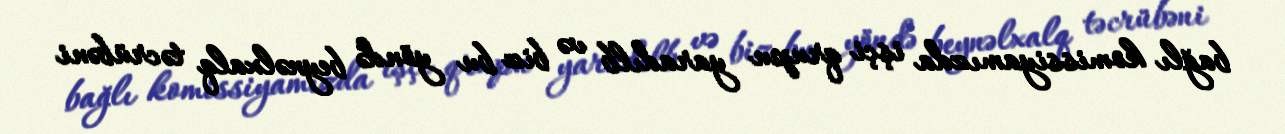
bağlı komissiyamızda işçi qrupu yaradılb və biz bu yöndə beynəlxalq təcrübəni